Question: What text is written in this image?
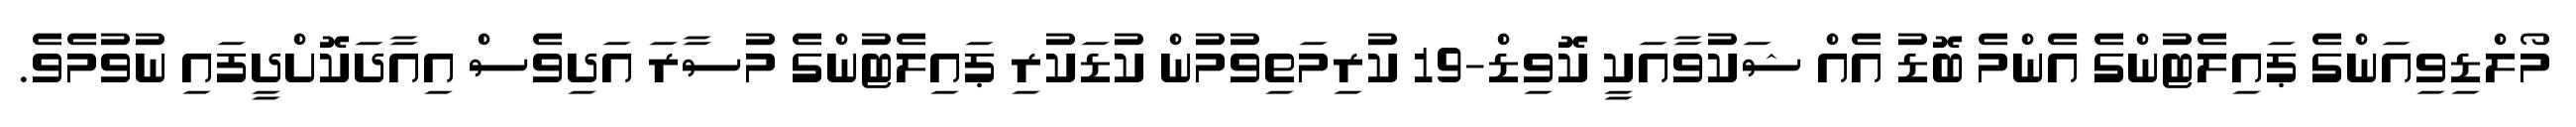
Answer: މޯލްޑިވިއަންގެ ޕައިލެޓުންގެ އެންމެ ބޮޑު އެއް ޝަކުވާއަކީ ކޮވިޑް-19 ކުރިމަތިވުމުން ކުޑަކުރި ޕައިލެޓުންގެ މުސާރަ އަދިވެސް އިއާދަކޮށްދީފައި ނުވުމެވެ.